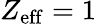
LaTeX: Z_{\mathrm{eff}}=1